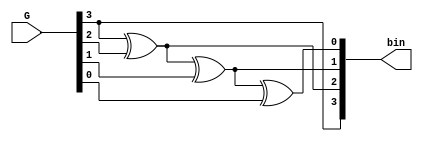
module gray2binary(bin, G);

	input [3:0] G;
	output [3:0] bin;

	assign bin[3] = G[3];
	assign bin[2] = bin[3] ^ G[2];
	assign bin[1] = bin[2] ^ G[1];
	assign bin[0] = bin[1] ^ G[0];

endmodule